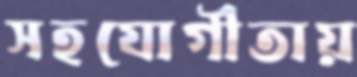
সহযোগীতায়